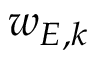
w _ { E , k }